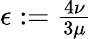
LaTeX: \begin{array}{r}{\epsilon:=\frac{4\nu}{3\mu}}\end{array}